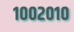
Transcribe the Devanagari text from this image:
१००२०१०